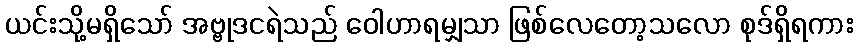
ယင်းသို့မရှိသော် အဗ္ဗုဒငရဲသည် ဝေါဟာရမျှသာ ဖြစ်လေတော့သလော စုဒ်ရှိရကား